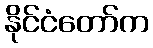
နိုင်ငံတော်က